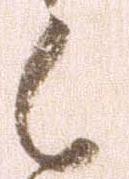
候